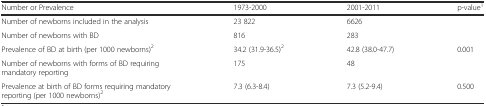
<table><thead><tr><td><b>Number or Prevalence</b></td><td><b>1973-2000</b></td><td><b>2001-2011</b></td><td><b>p-value<sup>1</sup></b></td></tr></thead><tbody><tr><td>Number of newborns included in the analysis</td><td>23 822</td><td>6626</td><td></td></tr><tr><td>Number of newborns with BD</td><td>816</td><td>283</td><td></td></tr><tr><td>Prevalence of BD at birth (per 1000 newborns)<sup>2</sup></td><td>34.2 (31.9-36.5)<sup>2</sup></td><td>42.8 (38.0-47.7)</td><td>0.001</td></tr><tr><td>Number of newborns with forms of BD requiring mandatory reporting</td><td>175</td><td>48</td><td></td></tr><tr><td>Prevalence at birth of BD forms requiring mandatory reporting (per 1000 newborns)<sup>2</sup></td><td>7.3 (6.3-8.4)</td><td>7.3 (5.2-9.4)</td><td>0.500</td></tr></tbody></table>